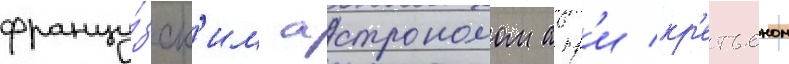
францу́зск'им астрономом анр'и кр'етьеном